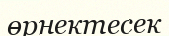
өрнектесек